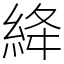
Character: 絳